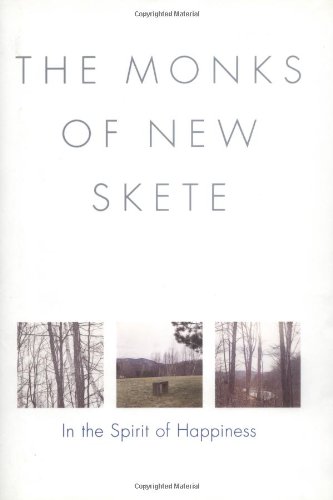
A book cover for In the Spirit of Happiness; Monks of New Skete; Christian Books & Bibles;